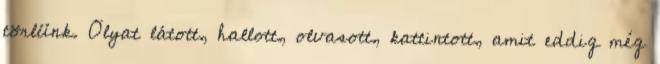
törlünk. Olyat látott, hallott, olvasott, kattintott, amit eddig még